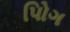
પોિગ